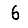
Digit: 6